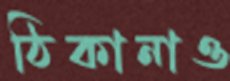
ঠিকানাও